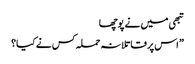
تبھی میں نے پوچھا
” اس پر قاتلانہ حملہ کس نے کیا؟